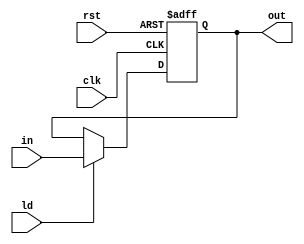
module reg25bit(
    in,
    out,
    clk,
    rst,
    ld
);
    input [24 : 0] in;
    output [24 : 0] out;
    reg [24 : 0] out_;
    input clk, rst;
    input ld;

    always @(posedge clk, posedge rst) begin
        if (rst)
            out_ <= 25'd0;
        else
            if (ld)
                out_ <= in;
    end
    assign out = out_;

endmodule